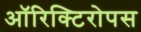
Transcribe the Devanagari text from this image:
ऑरिक्टिरोपस